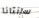
سانتانا